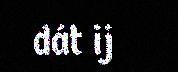
dát ij